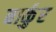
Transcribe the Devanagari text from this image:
बार्कुर